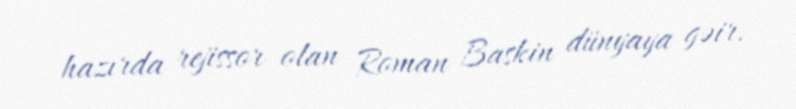
hazırda rejissor olan Roman Baskin dünyaya gəir.